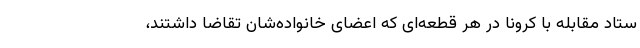
ستاد مقابله با کرونا در هر قطعه‌ای که اعضای خانواده‌شان تقاضا داشتند،